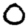
Digit: 0